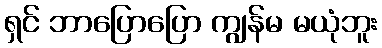
ရှင် ဘာပြောပြော ကျွန်မ မယုံဘူး